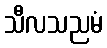
သီလသညမံ